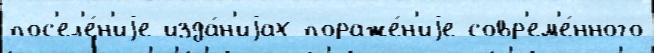
пос'ел'е́н'иjе изда́н'иjах пораже́н'иjе совр'ем'е́нного